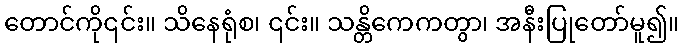
တောင်ကို၎င်း။ သိနေရုံစ၊ ၎င်း။ သန္တိကေကတွာ၊ အနီးပြုတော်မူ၍။